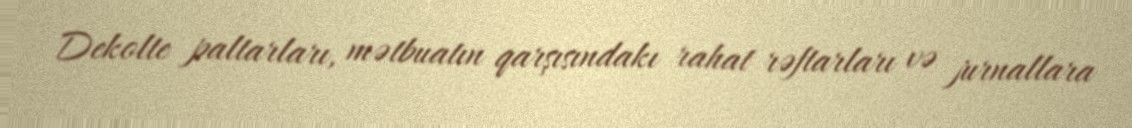
Dekolte paltarları, mətbuatın qarşısındakı rahat rəftarları və jurnallara